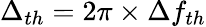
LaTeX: \Delta_{th}=2\pi\times\Delta f_{th}